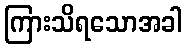
ကြားသိရသောအခါ